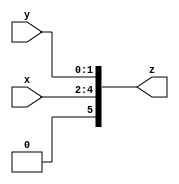
module ConcatenationExample (
    input [2:0] x,
    input [1:0] y,
    output [5:0] z
);

assign z = {x, y};

endmodule